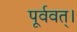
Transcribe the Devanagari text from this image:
पूर्ववत्।